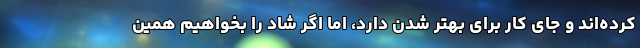
کرده‌اند و جای کار برای بهتر شدن دارد، اما اگر شاد را بخواهیم همین